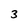
Character: 3